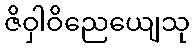
ဇိဝှါဝိညေယျေသု